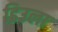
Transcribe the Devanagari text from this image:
डिउला